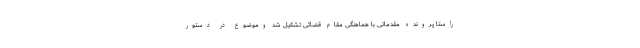
راستا پرونده مقدماتی با هماهنگی مقام قضائی تشکیل شد وموضوع در دستور